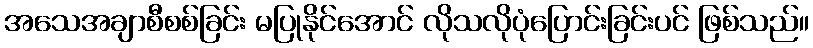
အသေအချာစီစစ်ခြင်း မပြုနိုင်အောင် လိုသလိုပုံပြောင်းခြင်းပင် ဖြစ်သည်။